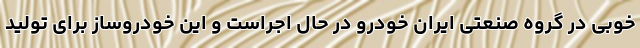
خوبی در گروه صنعتی ایران خودرو در حال اجراست و این خودروساز برای تولید